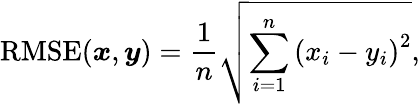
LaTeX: \mathrm{RMSE}({\boldsymbol{x}},{\boldsymbol{y}})=\frac{1}{n}\sqrt{\sum_{i=1}^{n}\left(x_{i}-y_{i}\right)^{2}},